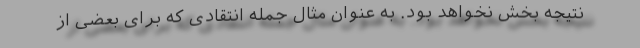
نتیجه بخش نخواهد بود. به عنوان مثال جمله انتقادی که برای بعضی از